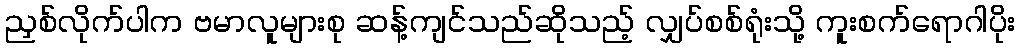
ညှစ်လိုက်ပါက ဗမာလူများစု ဆန့်ကျင်သည်ဆိုသည့် လျှပ်စစ်ရုံးသို့ ကူးစက်ရောဂါပိုး